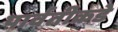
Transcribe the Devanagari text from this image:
पार्वतीकडे